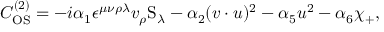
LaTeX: C _ { \mathrm { O S } } ^ { ( 2 ) } = - i \alpha _ { 1 } \epsilon ^ { \mu \nu \rho \lambda } v _ { \rho } \mathrm { S } _ { \lambda } - \alpha _ { 2 } ( v \cdot u ) ^ { 2 } - \alpha _ { 5 } u ^ { 2 } - \alpha _ { 6 } \chi _ { + } ,